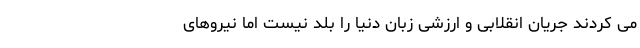
می کردند جریان انقلابی و ارزشی زبان دنیا را بلد نیست اما نیروهای